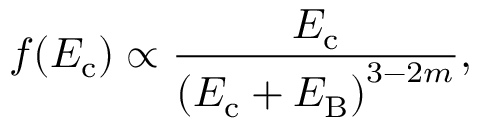
f ( E _ { \mathrm { c } } ) \propto \frac { E _ { \mathrm { c } } } { \left( E _ { \mathrm { c } } + E _ { \mathrm { B } } \right) ^ { 3 - 2 m } } ,